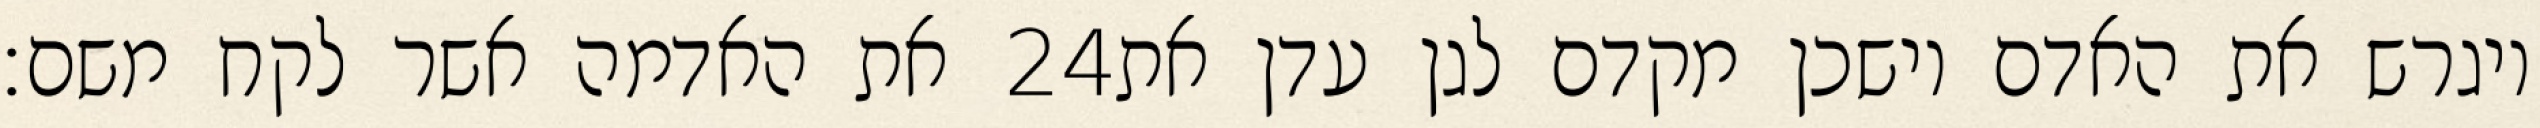
את האדמה אשר לקח משם׃ ‎24‏ ויגרש את האדם וישכן מקדם לגן עדן את